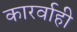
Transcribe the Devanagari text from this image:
कारर्वाही